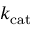
k _ { \mathrm { { c a t } } }